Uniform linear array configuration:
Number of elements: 4
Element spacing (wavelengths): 0.5
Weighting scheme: cosine
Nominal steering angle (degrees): -15
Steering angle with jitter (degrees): -13.338
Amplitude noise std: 0.05
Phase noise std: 0.05

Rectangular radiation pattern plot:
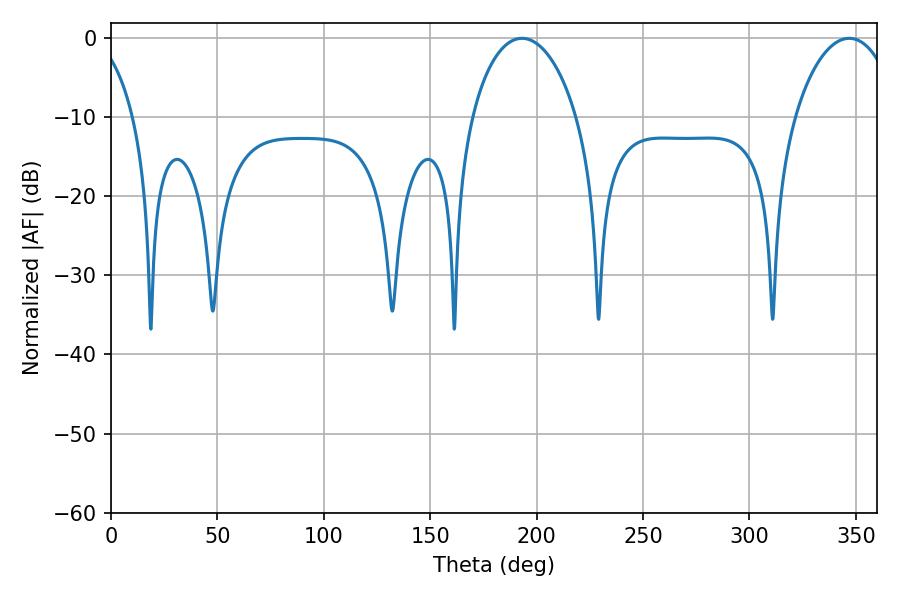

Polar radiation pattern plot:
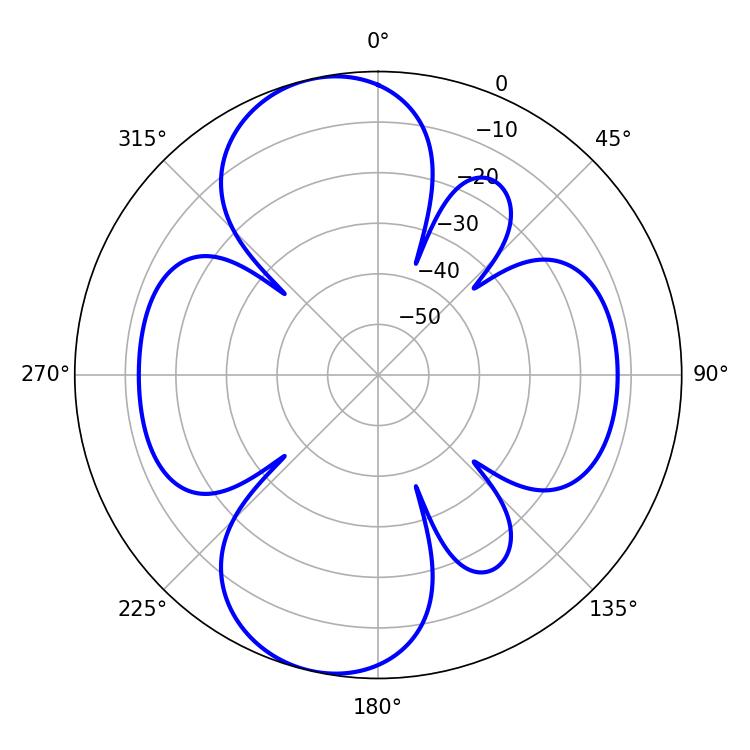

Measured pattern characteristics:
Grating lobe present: FALSE
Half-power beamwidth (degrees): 28.26
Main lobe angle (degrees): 193.14